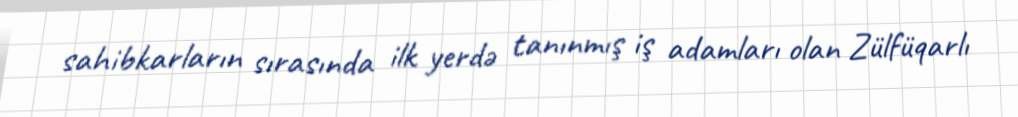
sahibkarların sırasında ilk yerdə tanınmış iş adamları olan Zülfüqarlı